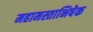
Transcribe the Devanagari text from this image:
महामस्ताभिषेक